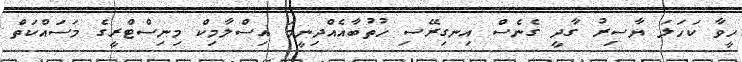
ހީވާ ކަހަލަ ޔާސިރު ގާދީ ގެނެސް އިނގިރޭސި ހުތުބާއެއްދިނީމަ އިސްލާމިކް މިނިސްޓްރީގެ މަސައްކަތް